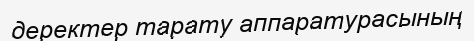
деректер тарату аппаратурасының